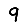
Digit: 9